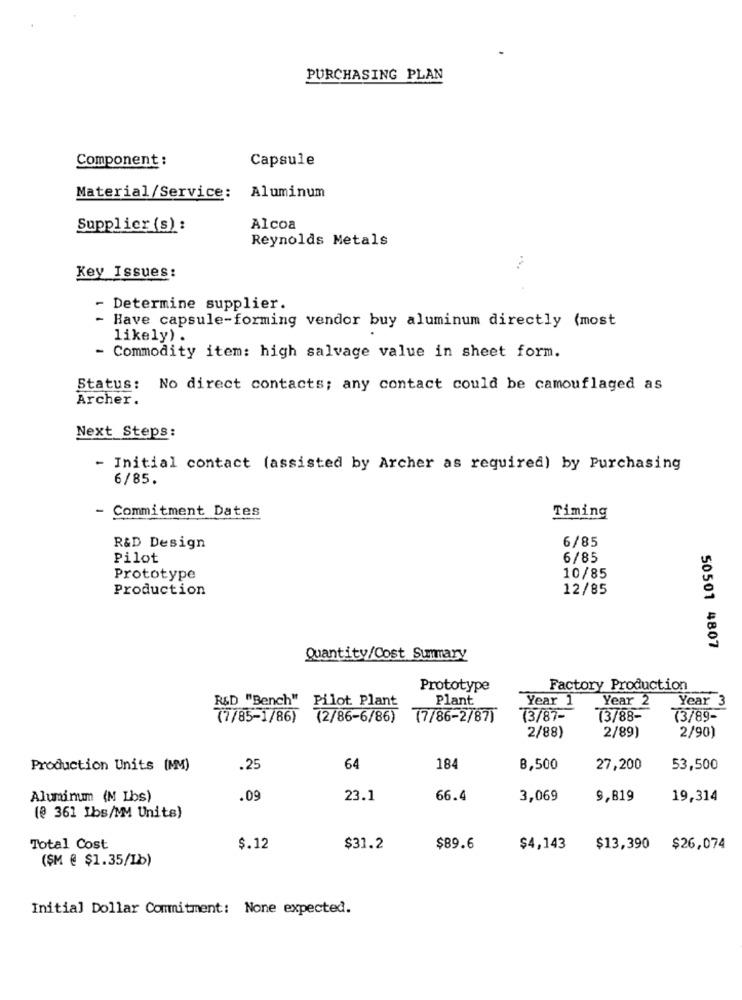
PURCHASING PLAN
Component :
Capsule
Material/Service:
Aluminum
Supplier (s) :
Alcoa
Reynolds Metals
Key Issues:
- Determine supplier.
- Have capsule-forming vendor buy aluminum directly (most
likely) .
- Commodity item: high salvage value in sheet form.
Status: No direct contacts; any contact could be camouflaged as
Archer.
Next Steps:
- Initial contact (assisted by Archer as required) by Purchasing
6/85.
- Commitment Dates
Timing
6/85
R&D Design
Pilot
6/85
Prototype
10/85
Production
12/85
50501 4807
Quantity/Cost Summary
Prototype
Factory Production
R&D "Bench"
Pilot Plant
Plant
Year 1
Year 2
Year 3
(7/85-1/86)
(2/86-6/86)
(7/86-2/87)
(3/87-
(3/88-
(3/89-
2/89)
2/90)
2/88)
Production Units (MM)
.25
64
184
8,500
27,200
53,500
Aluminumm (M Lbs)
.09
23.1
66.4
3,069
9,819
19,314
(@ 361 Ibs/MM Units)
Total Cost
$.12
$31.2
$89.6
$4,143
$13,390 $26,074
(ŞM @ $1.35/1b)
Initial Dollar Commitment: None expected.